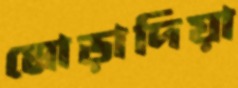
মোড়াদিয়া